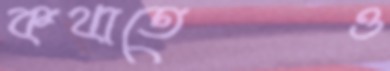
কথাতেও